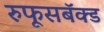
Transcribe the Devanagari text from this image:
रुफूसबॅक्ड